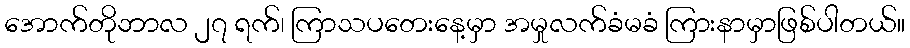
အောက်တိုဘာလ ၂၇ ရက်၊ ကြာသပတေးနေ့မှာ အမှုလက်ခံမခံ ကြားနာမှာဖြစ်ပါတယ်။